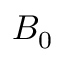
B _ { 0 }